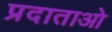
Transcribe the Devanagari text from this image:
प्रदाताओ